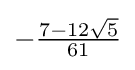
{\textstyle -{\frac {7-12{\sqrt {5}}}{61}}}